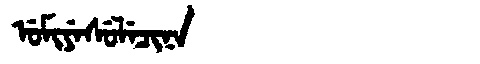
Manchu: ᡠᠮᡳᠶᡝᠰᡠᠯᡝᠴᡳᠨᠠ
Romanization: UMIYESULECINA